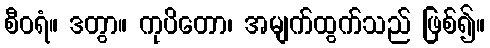
စီဝရံ။ ဒတွာ။ ကုပိတော၊ အမျက်ထွက်သည် ဖြစ်၍။